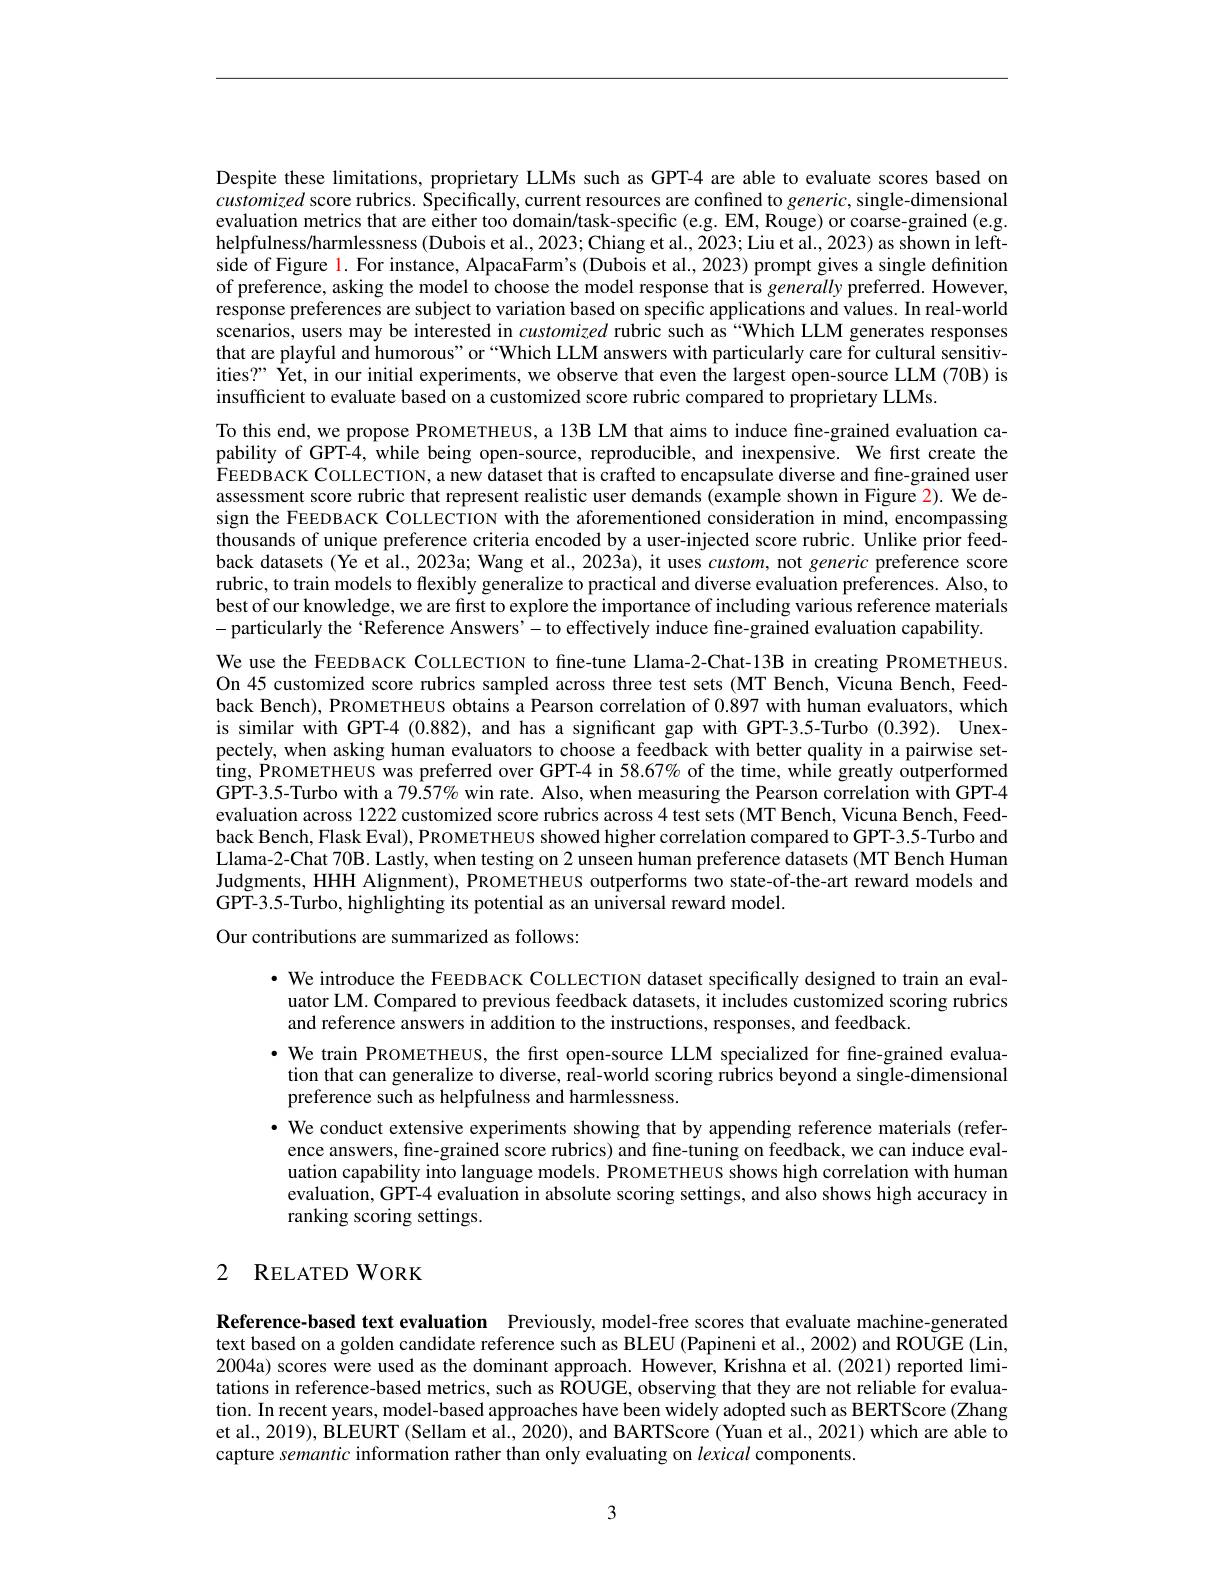
Despite these limitations, proprietary LLMs such as GPT-4 are able to evaluate scores based on customized score rubrics. Specifically, current resources are confined to generic, single-dimensional evaluation metrics that are either too domain/task-specific (e.g. EM, Rouge) or coarse-grained (e.g. helpfulness/harmlessness (Dubois et al., 2023; Chiang et al., 2023; Liu et al., 2023) as shown in leftside of Figure $\color{red}1.$ For instance, AlpacaFarm's (Dubois et al., 2023) prompt gives a single definition of preference, asking the model to choose the model response that is generally preferred. However, response preferences are subject to variation based on specific applications and values. In real-world scenarios, users may be interested in customized rubric such as“Which LLM generates responses that are playful and humorous" or “Which LLM answers with particularly care for cultural sensitivities?" Yet, in our initial experiments, we observe that even the largest open-source LLM (70B) is insufficient to evaluate based on a customized score rubric compared to proprietary LLMs.
To this end, we propose PROMETHEUS, a 13B LM that aims to induce fine-grained evaluation capability of GPT-4, while being open-source, reproducible, and inexpensive. We first create the FEEDBACK COLLECTION, a new dataset that is crafted to encapsulate diverse and fine-grained user assessment score rubric that represent realistic user demands (êxample shown in Figure 2). We design the FEEDBACK CoLLECTION with the aforementioned consideration in mind, encompassing thousands of unique preference criteria encoded by a user-injected score rubric. Unlike prior feedback datasets (Ye et al., 2023a; Wang et al., 2023a), it uses custom, not generic preference score rubric, to train models to flexibly generalize to practical and diverse evaluation preferences. Also, to best of our knowledge, we are first to explore the importance of including various reference materials -particularly the‘Reference Answers’-to effectively induce fine-grained evaluation capability.
We use the FEEDBACK COLLECTION to fine-tune Llama-2-Chat-13B in creating PROMETHEUS. On 45 customized score rubrics sampled across three test sets (MT Bench, Vicuna Bench, Feedback Bench), PROMETHEUS obtains a Pearson correlation of 0.897 with human evaluators, which is similar with GPT-4 (0.882), and has a significant gap with GPT-3.5-Turbo (0.392). Unexpectely, when asking human evaluators to choose a feedback with better quality in a pairwise set- $\hat{t}$ing, PROMETHEUS was preferred over GPT- 4 in 58. 67$\%$ of the time, while greatly outperformed GPT-3.5-Turbo with a 79.57% win rate. Also, when measuring the Pearson correlation with GPT-4 evaluation across 1222 customized score rubrics across 4 test sets (MT Bench, Vicuna Bench, Feedback Bench, Flask Eval), PROMETHEUS showed higher correlation compared to GPT-3.5-Turbo and Llama-2-Chat 70B. Lastly, when testing on 2 unseen human preference datasets (MT Bench Human Judgments, HHH Alignment), PROMETHEUS outperforms two state-of-the-art reward models and GPT-3.5-Turbo, highlighting its potential as an universal reward model.
Our contributions are summarized as follows:

· We introduce the FEEDBACK COLLECTION dataset specifically designed to train an evaluator LM. Compared to previous feedback datasets, it includes customized scoring rubrics and reference answers in addition to the instructions, responses, and feedback.
· We train PROMETHEUS, the first open-source LLM specialized for fine-grained evaluation that can generalize to diverse, real-world scoring rubrics beyond a single-dimensional preference such as helpfulness and harmlessness.
· We conduct extensive experiments showing that by appending reference materials (reference answers, fine-grained score rubrics) and fine-tuning on feedback, we can induce evaluation capability into language models. PROMETHEUS shows high correlation with human evaluation, GPT-4 evaluation in absolute scoring settings, and also shows high accuracy in ranking scoring settings.

## 2 RELATEDWORK

Reference-based text evaluation Previously,model-free scores that evaluate machine-generated text based on a golden candidate reference such as BLEU (Papineni et al., 2002) and ROUGE (Lin, 2004a) scores were used as the dominant approach. However, Krishna et al.(2021) reported limitations in reference-based metrics, such as ROUGE, observing that they are not reliable for evaluation. In recent years, model-based approaches have been widely adopted such as BERTScore (Zhang et al., 2019), BLEURT (Sellam et al., 2020), and BARTScore (Yuan et al., 2021) which are able to capture semantic information rather than only evaluating on lexical components.

3